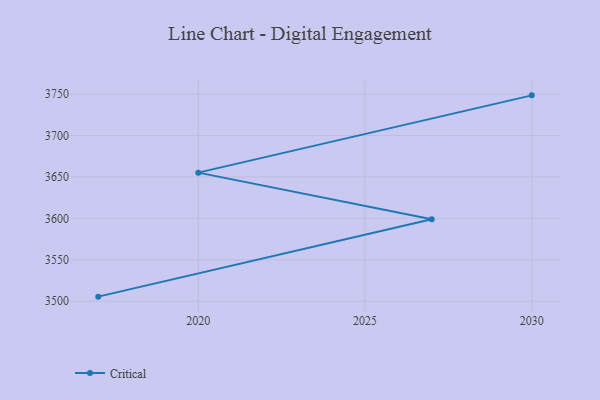
{"axis": {"x": "Year", "y": "Revenue (USD Million)"}, "legend": ["Critical"], "data": [{"x": "2017", "y": 3505.5, "type": "Critical"}, {"x": "2027", "y": 3599.0, "type": "Critical"}, {"x": "2020", "y": 3655.2, "type": "Critical"}, {"x": "2030", "y": 3748.5, "type": "Critical"}]}